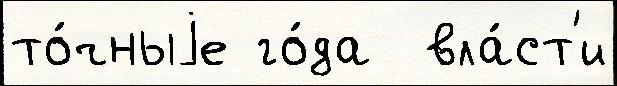
то́чныjе го́да  вла́ст'и